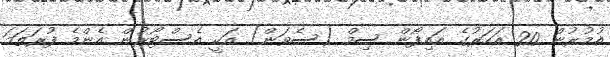
އުމުރުން 20 އަހަރުގެ އައިފޯން ސިމް (ސެވަން) އަކީ އެސްޓޯރުން އެންމެ ފުރަތަމަ